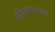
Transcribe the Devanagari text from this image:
प्रक्रियावाला